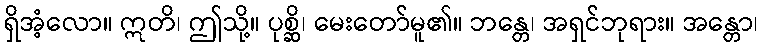
ရှိအံ့လော။ ဣတိ၊ ဤသို့။ ပုစ္ဆိ၊ မေးတော်မူ၏။ ဘန္တေ၊ အရှင်ဘုရား။ အန္တော၊